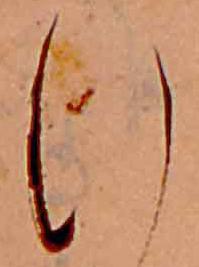
行